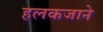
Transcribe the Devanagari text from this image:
हलकजाने